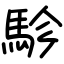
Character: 駗